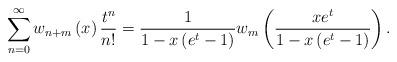
LaTeX: \begin{align*}\sum_{n=0}^{\infty}w_{n+m}\left( x\right) \frac{t^{n}}{n!}=\frac{1}{1-x\left( e^{t}-1\right) }w_{m}\left( \frac{xe^{t}}{1-x\left(e^{t}-1\right) }\right) . \end{align*}